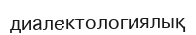
диалектологиялық